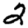
Digit: 2